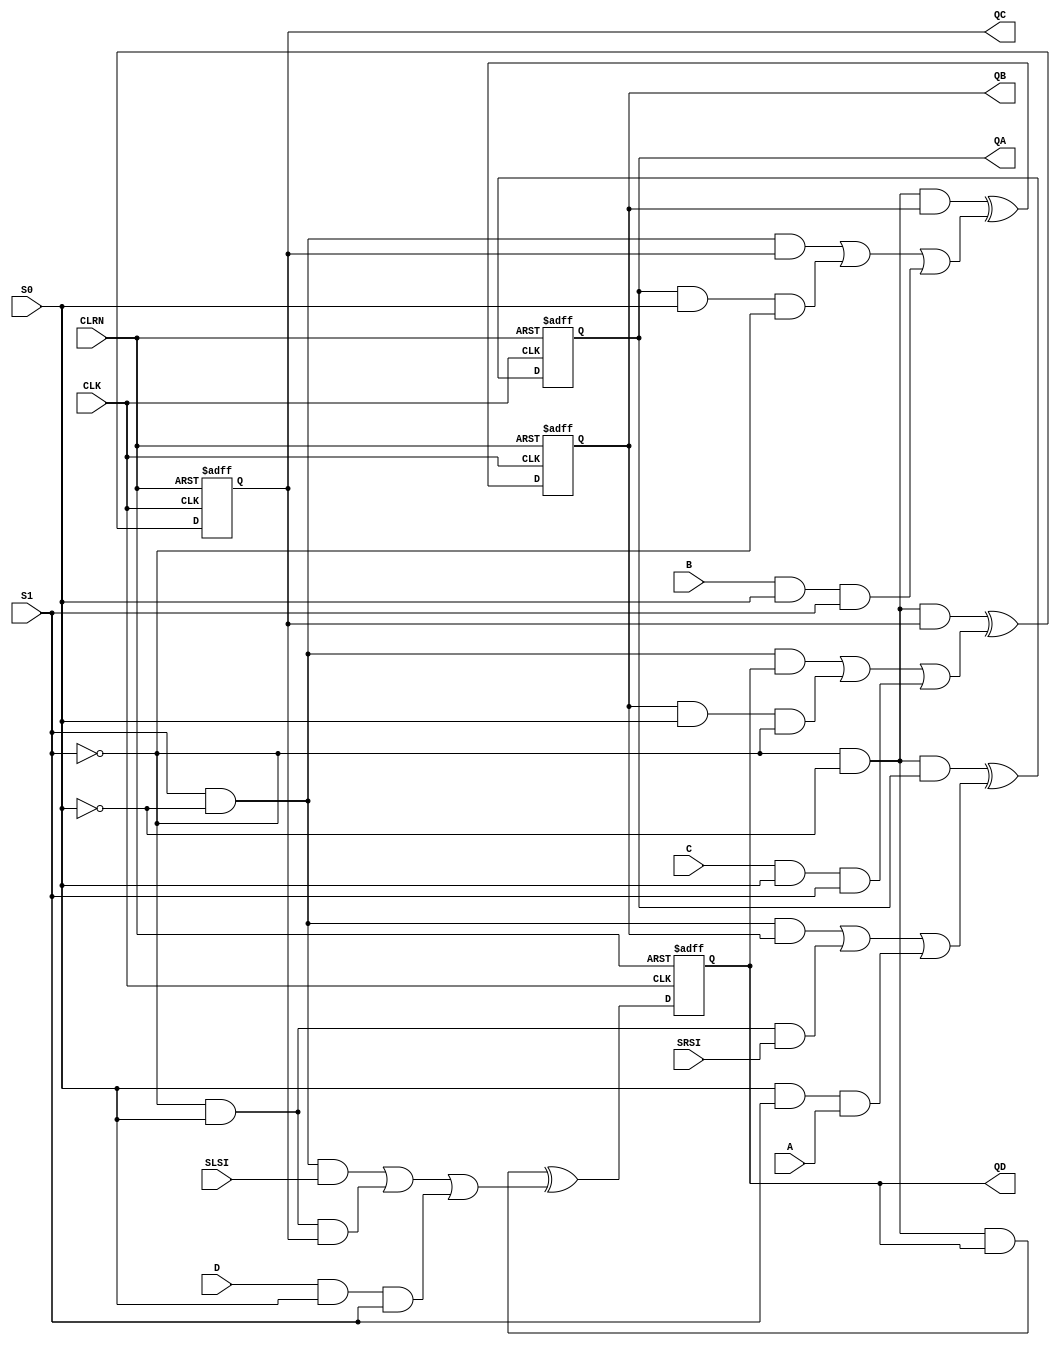
// Copyright (C) 1991-2011 Altera Corporation
// Your use of Altera Corporation's design tools, logic functions 
// and other software and tools, and its AMPP partner logic 
// functions, and any output files from any of the foregoing 
// (including device programming or simulation files), and any 
// associated documentation or information are expressly subject 
// to the terms and conditions of the Altera Program License 
// Subscription Agreement, Altera MegaCore Function License 
// Agreement, or other applicable license agreement, including, 
// without limitation, that your use is for the sole purpose of 
// programming logic devices manufactured by Altera and sold by 
// Altera or its authorized distributors.  Please refer to the 
// applicable agreement for further details.

// PROGRAM		"Quartus II 64-Bit"
// VERSION		"Version 11.0 Build 157 04/27/2011 SJ Full Version"
// CREATED		"Sun May 22 16:55:12 2022"

module my74194 (
	A,
	SRSI,
	S0,
	S1,
	B,
	C,
	SLSI,
	D,
	CLRN,
	CLK,
	QD,
	QC,
	QB,
	QA
);


input wire	A;
input wire	SRSI;
input wire	S0;
input wire	S1;
input wire	B;
input wire	C;
input wire	SLSI;
input wire	D;
input wire	CLRN;
input wire	CLK;
output wire	QD;
output wire	QC;
output wire	QB;
output wire	QA;

wire	SYNTHESIZED_WIRE_0;
wire	SYNTHESIZED_WIRE_1;
wire	SYNTHESIZED_WIRE_2;
wire	SYNTHESIZED_WIRE_3;
wire	SYNTHESIZED_WIRE_4;
wire	SYNTHESIZED_WIRE_5;
wire	SYNTHESIZED_WIRE_6;
wire	SYNTHESIZED_WIRE_7;
wire	SYNTHESIZED_WIRE_8;
wire	SYNTHESIZED_WIRE_9;
wire	SYNTHESIZED_WIRE_10;
wire	SYNTHESIZED_WIRE_11;
wire	SYNTHESIZED_WIRE_12;
wire	SYNTHESIZED_WIRE_13;
wire	SYNTHESIZED_WIRE_14;
wire	SYNTHESIZED_WIRE_15;
wire	SYNTHESIZED_WIRE_16;
wire	SYNTHESIZED_WIRE_17;
wire	SYNTHESIZED_WIRE_18;
wire	SYNTHESIZED_WIRE_19;
wire	SYNTHESIZED_WIRE_20;
wire	SYNTHESIZED_WIRE_21;
wire	SYNTHESIZED_WIRE_22;
wire	SYNTHESIZED_WIRE_23;
wire	SYNTHESIZED_WIRE_40;
reg	SYNTHESIZED_WIRE_41;
wire	SYNTHESIZED_WIRE_42;
reg	SYNTHESIZED_WIRE_43;
reg	SYNTHESIZED_WIRE_44;
reg	SYNTHESIZED_WIRE_45;

assign	QD = SYNTHESIZED_WIRE_43;
assign	QC = SYNTHESIZED_WIRE_41;
assign	QB = SYNTHESIZED_WIRE_44;
assign	QA = SYNTHESIZED_WIRE_45;



assign	SYNTHESIZED_WIRE_42 =  ~S0;

assign	SYNTHESIZED_WIRE_40 =  ~S1;

assign	SYNTHESIZED_WIRE_8 = SYNTHESIZED_WIRE_0 ^ SYNTHESIZED_WIRE_1;

assign	SYNTHESIZED_WIRE_9 = SYNTHESIZED_WIRE_2 ^ SYNTHESIZED_WIRE_3;

assign	SYNTHESIZED_WIRE_10 = SYNTHESIZED_WIRE_4 ^ SYNTHESIZED_WIRE_5;

assign	SYNTHESIZED_WIRE_11 = SYNTHESIZED_WIRE_6 ^ SYNTHESIZED_WIRE_7;


always@(posedge CLK or negedge CLRN)
begin
if (!CLRN)
	begin
	SYNTHESIZED_WIRE_43 <= 0;
	end
else
	begin
	SYNTHESIZED_WIRE_43 <= SYNTHESIZED_WIRE_8;
	end
end


always@(posedge CLK or negedge CLRN)
begin
if (!CLRN)
	begin
	SYNTHESIZED_WIRE_41 <= 0;
	end
else
	begin
	SYNTHESIZED_WIRE_41 <= SYNTHESIZED_WIRE_9;
	end
end


always@(posedge CLK or negedge CLRN)
begin
if (!CLRN)
	begin
	SYNTHESIZED_WIRE_44 <= 0;
	end
else
	begin
	SYNTHESIZED_WIRE_44 <= SYNTHESIZED_WIRE_10;
	end
end


always@(posedge CLK or negedge CLRN)
begin
if (!CLRN)
	begin
	SYNTHESIZED_WIRE_45 <= 0;
	end
else
	begin
	SYNTHESIZED_WIRE_45 <= SYNTHESIZED_WIRE_11;
	end
end

assign	SYNTHESIZED_WIRE_1 = SYNTHESIZED_WIRE_12 | SYNTHESIZED_WIRE_13 | SYNTHESIZED_WIRE_14;

assign	SYNTHESIZED_WIRE_3 = SYNTHESIZED_WIRE_15 | SYNTHESIZED_WIRE_16 | SYNTHESIZED_WIRE_17;

assign	SYNTHESIZED_WIRE_5 = SYNTHESIZED_WIRE_18 | SYNTHESIZED_WIRE_19 | SYNTHESIZED_WIRE_20;

assign	SYNTHESIZED_WIRE_7 = SYNTHESIZED_WIRE_21 | SYNTHESIZED_WIRE_22 | SYNTHESIZED_WIRE_23;

assign	SYNTHESIZED_WIRE_13 = SYNTHESIZED_WIRE_40 & S0 & SYNTHESIZED_WIRE_41;

assign	SYNTHESIZED_WIRE_14 = D & S0 & S1;

assign	SYNTHESIZED_WIRE_12 = S1 & SYNTHESIZED_WIRE_42 & SLSI;

assign	SYNTHESIZED_WIRE_0 = SYNTHESIZED_WIRE_40 & SYNTHESIZED_WIRE_42 & SYNTHESIZED_WIRE_43;

assign	SYNTHESIZED_WIRE_16 = SYNTHESIZED_WIRE_44 & S0 & SYNTHESIZED_WIRE_40;

assign	SYNTHESIZED_WIRE_17 = C & S0 & S1;

assign	SYNTHESIZED_WIRE_15 = S1 & SYNTHESIZED_WIRE_42 & SYNTHESIZED_WIRE_43;

assign	SYNTHESIZED_WIRE_2 = SYNTHESIZED_WIRE_40 & SYNTHESIZED_WIRE_42 & SYNTHESIZED_WIRE_41;

assign	SYNTHESIZED_WIRE_19 = SYNTHESIZED_WIRE_45 & S0 & SYNTHESIZED_WIRE_40;

assign	SYNTHESIZED_WIRE_20 = B & S0 & S1;

assign	SYNTHESIZED_WIRE_18 = S1 & SYNTHESIZED_WIRE_42 & SYNTHESIZED_WIRE_41;

assign	SYNTHESIZED_WIRE_4 = SYNTHESIZED_WIRE_40 & SYNTHESIZED_WIRE_42 & SYNTHESIZED_WIRE_44;

assign	SYNTHESIZED_WIRE_22 = S0 & SYNTHESIZED_WIRE_40 & SRSI;

assign	SYNTHESIZED_WIRE_23 = S0 & S1 & A;

assign	SYNTHESIZED_WIRE_21 = S1 & SYNTHESIZED_WIRE_42 & SYNTHESIZED_WIRE_44;

assign	SYNTHESIZED_WIRE_6 = SYNTHESIZED_WIRE_40 & SYNTHESIZED_WIRE_42 & SYNTHESIZED_WIRE_45;


endmodule